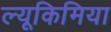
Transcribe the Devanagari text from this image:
ल्यूकिमिया